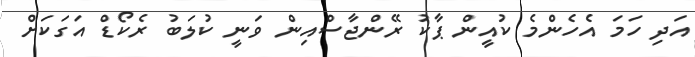
އަދި ހަމަ އެހެންމެ ކުއީން ޕާކު ރޭންޖާސްއިން ވަނީ ކުލަބު ރެކޯޑް އަގަކަށް